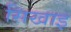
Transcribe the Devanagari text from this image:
सिखाइ